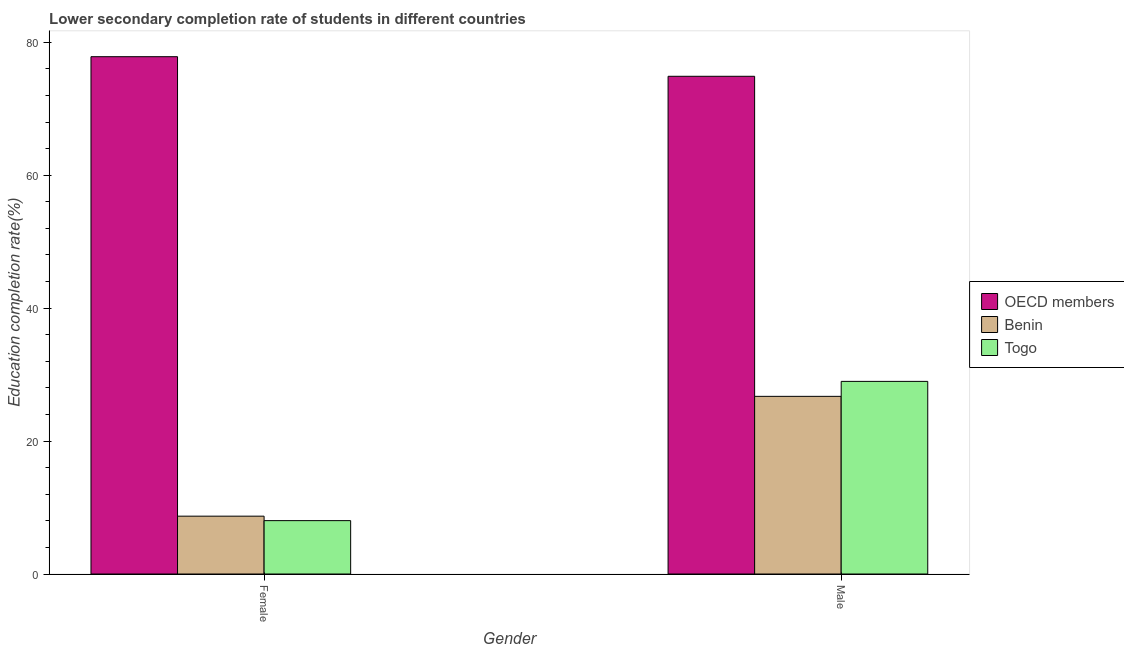
| Gender | OECD members | Benin | Togo |
 | --- | --- | --- | --- |
 | Female | 77.8 | 8.7 | 8.03 |
 | Male | 74.9 | 26.7 | 29 |